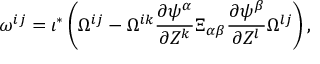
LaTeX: \omega ^ { i j } = \iota ^ { * } \left( \Omega ^ { i j } - \Omega ^ { i k } \frac { \partial \psi ^ { \alpha } } { \partial Z ^ { k } } \Xi _ { \alpha \beta } \frac { \partial \psi ^ { \beta } } { \partial Z ^ { l } } \Omega ^ { l j } \right) ,